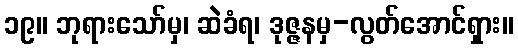
၁၉။ ဘုရားသော်မှ၊ ဆဲခံရ၊ ဒုဇ္ဇနမှ-လွတ်အောင်ရှား။